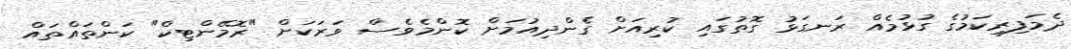
ދެމަފިރިކަމުގެ ގުޅުމެއް ރަނގަޅު ގޮތުގައި ކުރިއަށް ގެންދިއުމަށް ކޮންމެވެސް ވަރަކަށް "ރޮމޭންޓިކް" ކަންތައްތައް